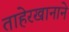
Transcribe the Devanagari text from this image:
ताहेरखानाने